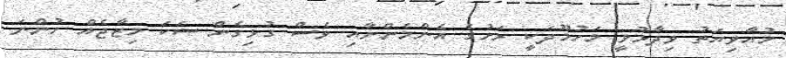
މުއާވިޔަތު ވިދާޅުވީ މަހުމޫދަކީ ރަށުގެ އެންމެންނާއި ވެސް ގުޅިގެން ސަކަ މިޒާޖެއް ހުންނަ